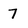
Character: 7